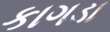
કાગડા